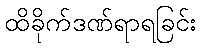
ထိခိုက်ဒဏ်ရာရခြင်း